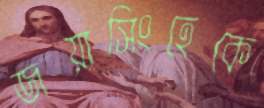
জয়াসিংহেকে